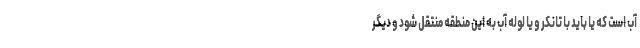
آب است که یا باید با تانکر و یا لوله آب به این منطقه منتقل شود و دیگر